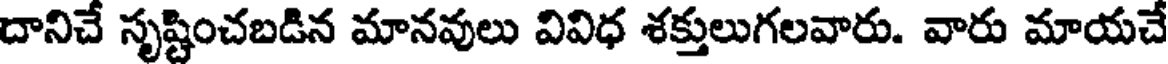
దానిచే సృష్టించబడిన మానవులు వివిధ శక్తులుగలవారు. వారు మాయచే